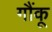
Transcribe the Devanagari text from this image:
गौंकू